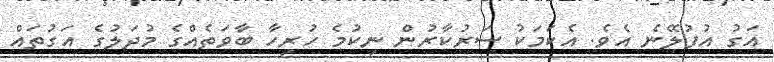
އަގު އުފުލޭނެ އެވެ. އެކަމަކު ސަރުކާރުން ނިކުމެ ހުރިހާ ބާވަތެއްގެ މުދަލުގެ އަގުތައް